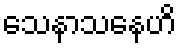
သေနာသနေဟိ